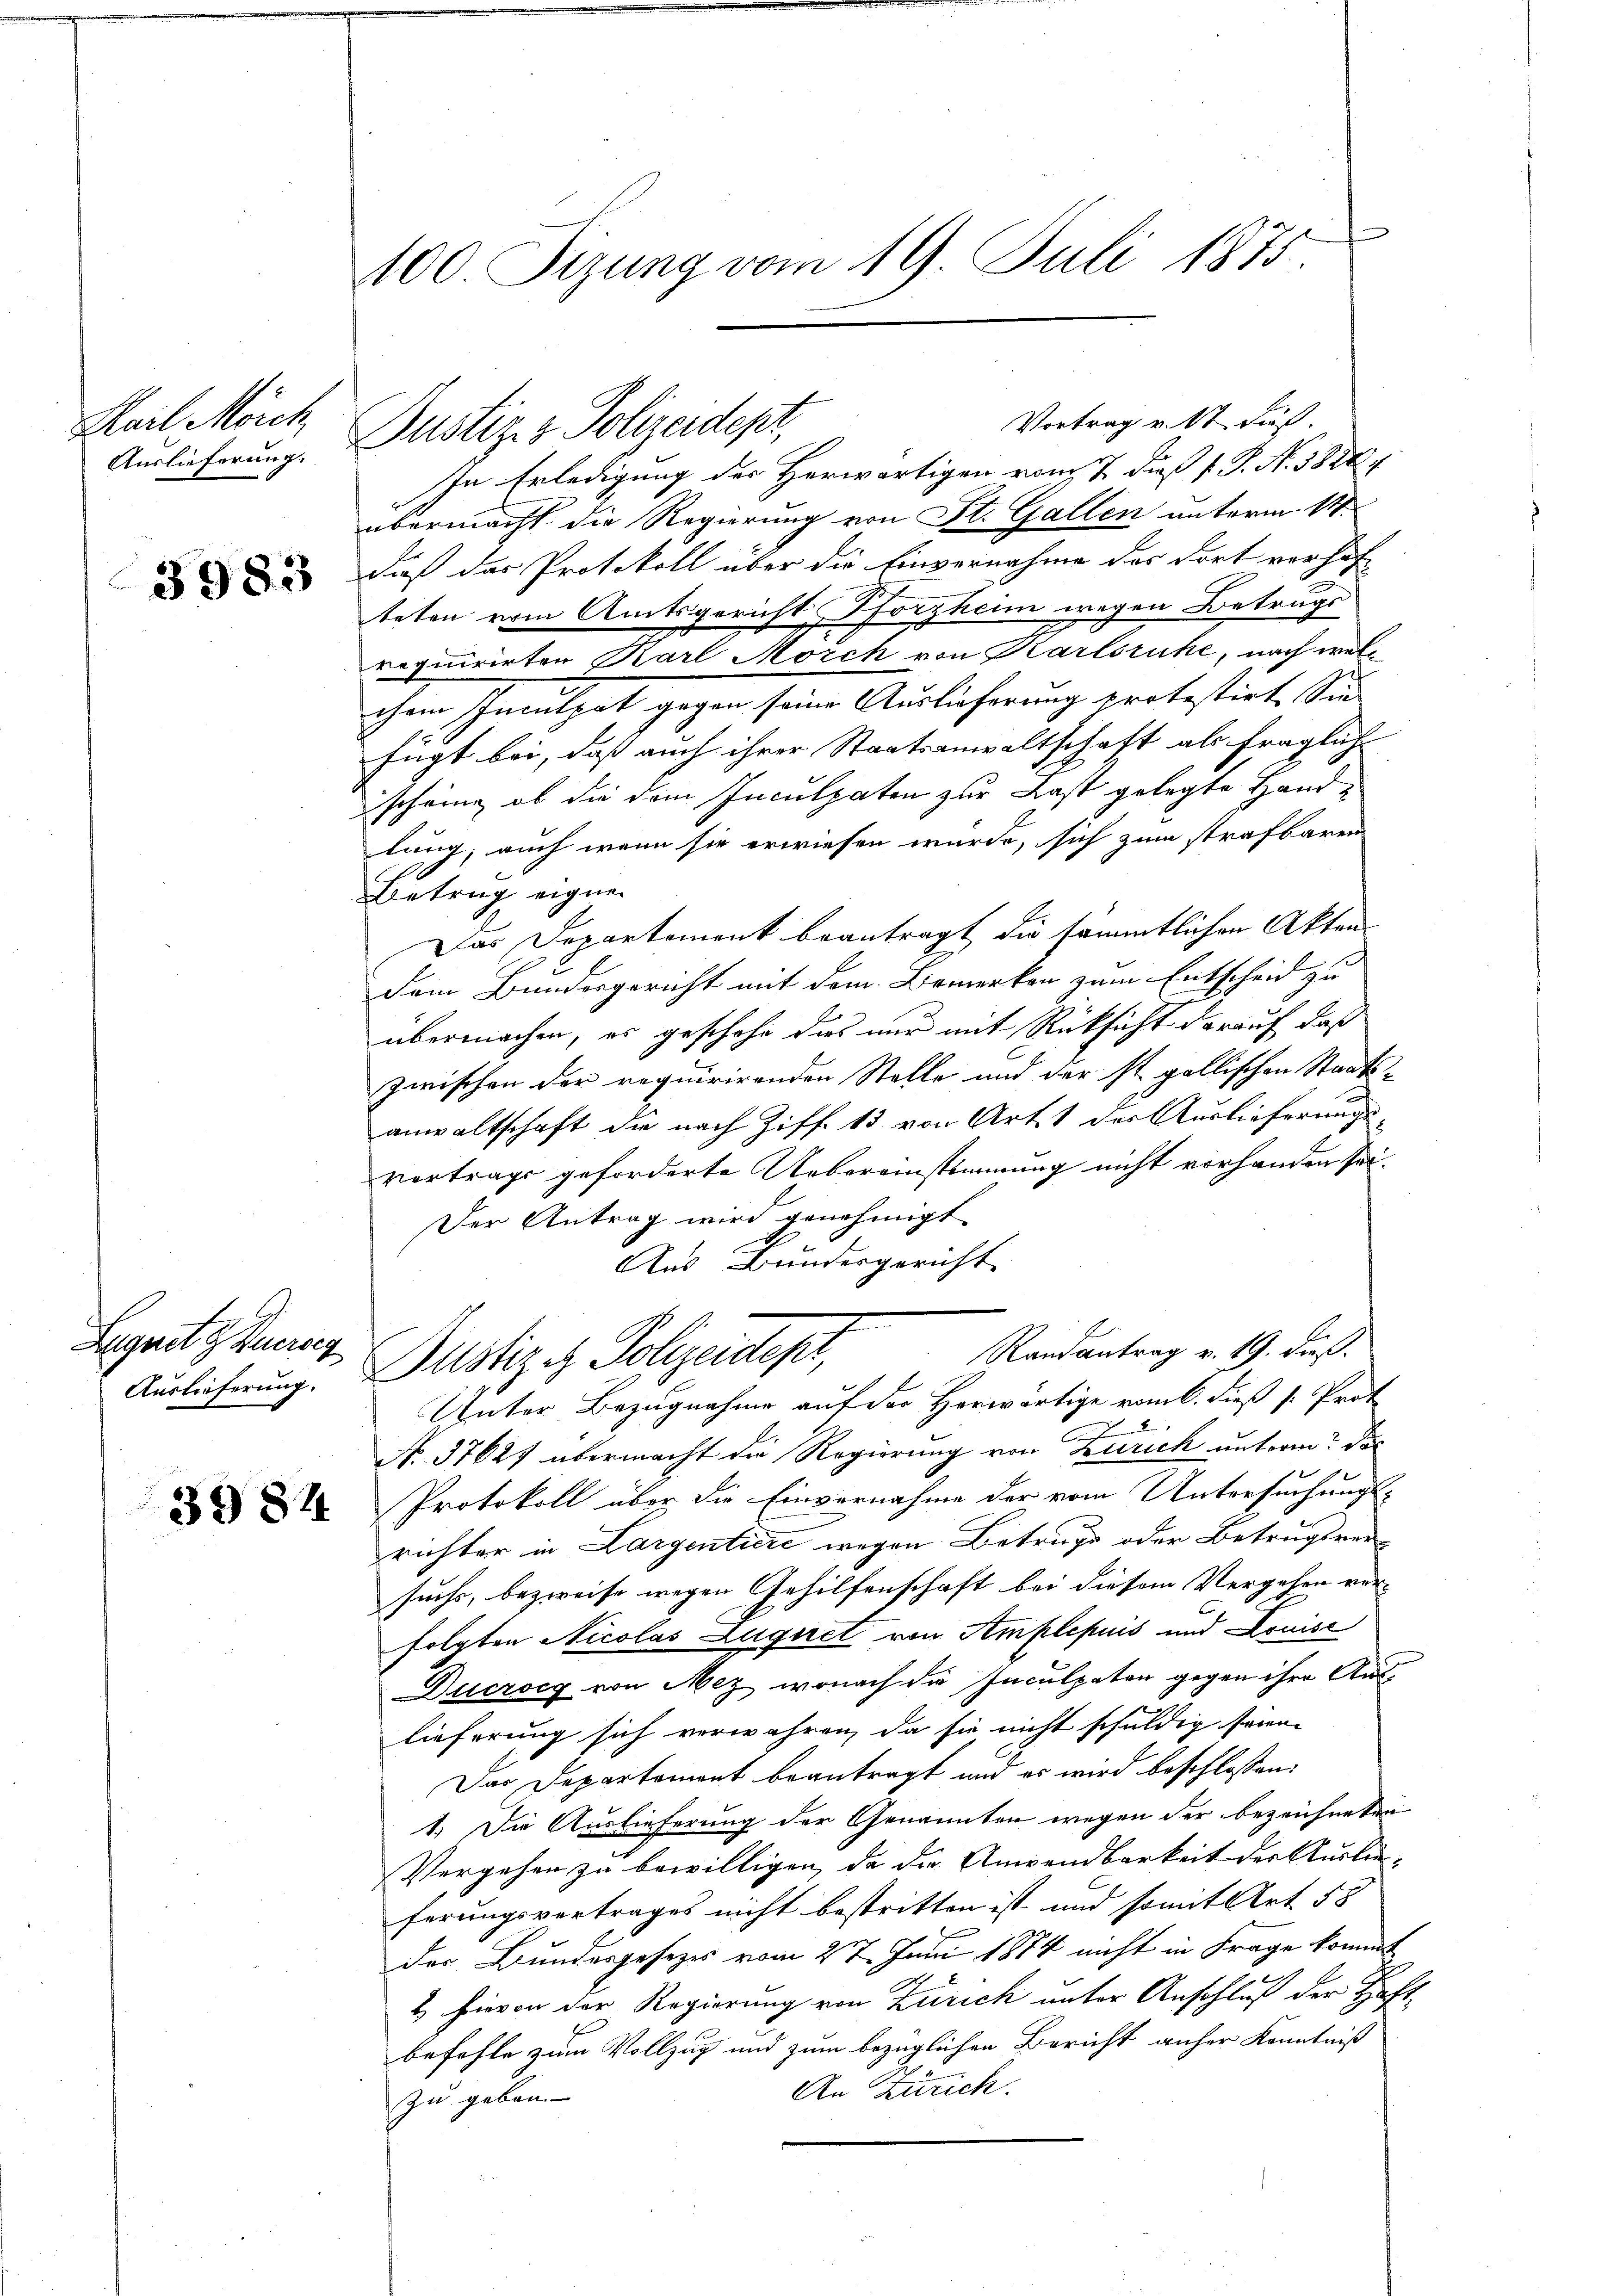
Kail Mönch
Auslieferung.

3983

Lugnete Kurz
Auslieferung.

3984

100 Sizung vom 19. Juli 1875.

Vortrag v. 17 dieß.
Justiz & Polizeidept,
In Erledigung des Herwärtigen vom 2. dieß s. S. N. 1838. 4
übermacht die Regierung von St. Gallen unterm 14.
daß das Protokoll über die Einvernahme des dort vorhof-
teten vom Amtsgericht Pforzheim wegen Betrugs
requirirten Karl Morck von Karlsruhe, nach welchem Inculpat gegen seine Auslieferung protestirt. Sie
fügt bei, daß auch ihrer Staatsanwaltschaft als fragliche
scheine, ob die dem Inculpaten zur Last gelegte Handlung, auch wenn sie erwiesen wurde, sich zum strafbaren
Betrug eignen
Das Departement beantragt, die sämmtlichen Akten
Dem Bundesgericht mit dem Bemerken zum Entscheid zu
übermachen, es geschehe dies nur mit Rücksicht darauf, daß
zwischen der requirirenden Stelle und der st. gallischen Staatsanwaltschaft die nach Ziff. 13 von Art. 1 der Auslieferungs
vertrags geforderte Uebereinstimmung nicht vorhanden sei.
Der Antrag wird genehmigt
Aus Bundesgericht
Randantrag v. 19. dieß.
Justiz es Polizeidept,
Unter Bezugnahme auf der Horwärtige vom 6. dieß s. Prot
2
e
No. 37627 übermacht die Regierung von Zürich unterm des
Protokoll über die Einvernahme der vom Untersuchungs-
richter in Largentiere wegen Betrug oder Betrugsrei-
suchs, bezweife wegen Gehilfenschaft bei diesem Vergehen vorfolgten Nicolas Lugnet vom Amplepuis und Louise
Ducrocg von Mez wonach die Inculpaten gegen ihre Auslieferung sich verwahren, da sie nicht schuldig seien.
Das Departement beantragt und es wird beschlossen:
1.) Die Auslieferung der Genannten wegen der bezeichneten
Vergehen zu bewilligen, da die Anwendbarkeit der Auslie-
ferungsvertrages nicht bestritten ist und somit Art 58
des Bundesgesetzes vom 27. Juni 1874 nicht in Frage kommt
u
2 hievon der Regierung von Zürich unter Anschluß der Haft
befehle zum Vollzug und zum bezüglichen Bericht anher Kenntniß
An Zürich.
zu geben. |